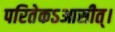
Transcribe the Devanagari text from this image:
परितेकऽआसीत्।